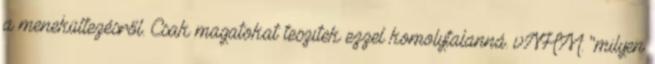
a menekültezésről. Csak magatokat teszitek ezzel komolytalanná. vNHM: "milyen